Vaccination report Assam 1896-1927 - 1896-1927
Year: 1896
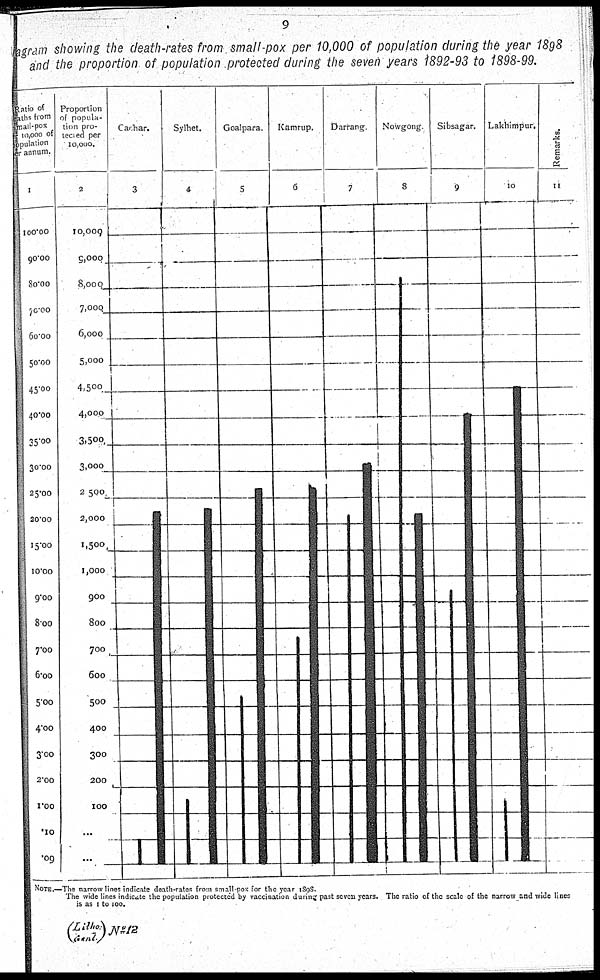
9
agram showing the death-rates from small-pox per 10,000 of population during the year 1898
and the proportion of population protected during the seven years 1892-93 to 1898-99.
NOTE.—The narrow lines indicate death-rates from small pox for the year 1898.
The wide lines indicate the population protected by vaccination during past seven years. The ratio of the scale of the narrow and wide lines
is as 1 to 100.